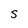
Character: S